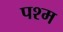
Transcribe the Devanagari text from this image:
पश्म